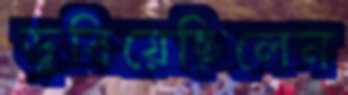
ডুবিয়েছিলেন